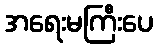
အရေးမကြီးပေ